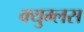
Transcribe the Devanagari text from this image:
क्युम्लस